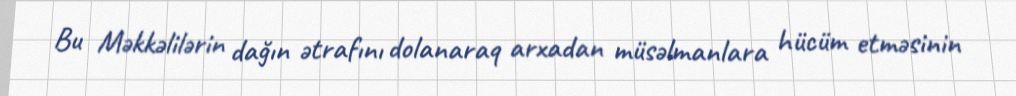
Bu Məkkəlilərin dağın ətrafını dolanaraq arxadan müsəlmanlara hücüm etməsinin